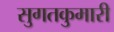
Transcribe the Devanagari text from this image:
सुगतकुमारी